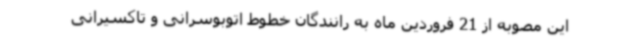
این مصوبه از 21 فروردین ماه به رانندگان خطوط اتوبوسرانی و تاکسیرانی